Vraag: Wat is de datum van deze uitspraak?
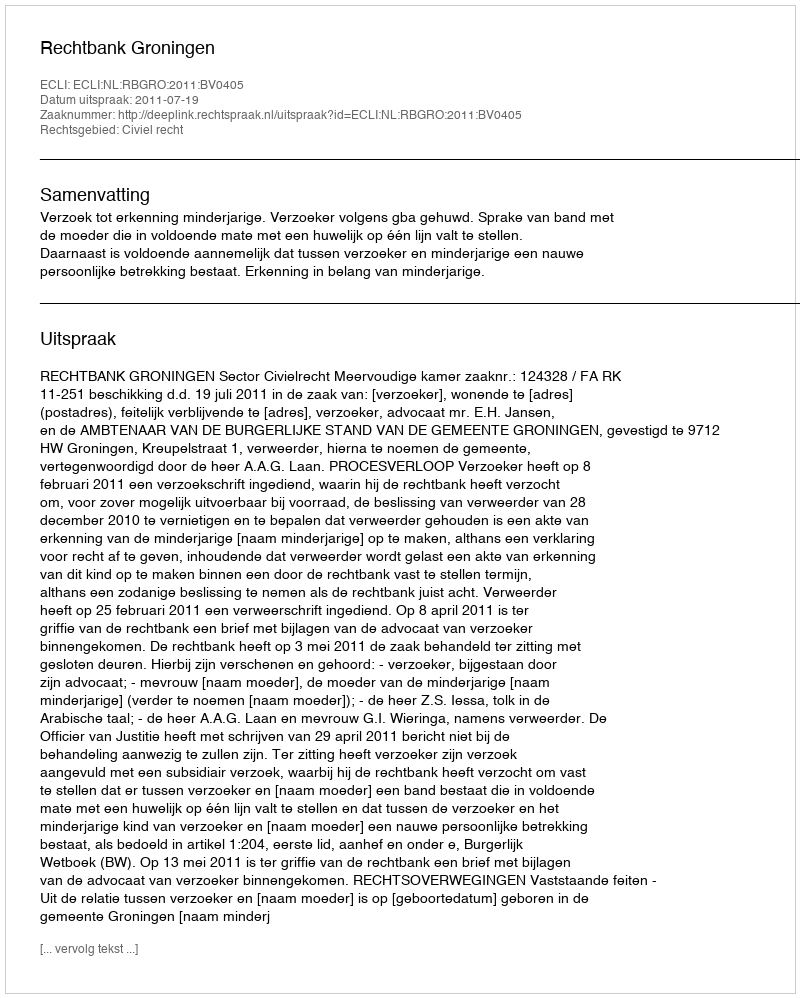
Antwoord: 2011-07-19